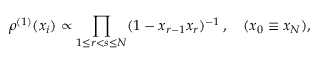
\rho ^ { ( 1 ) } ( x _ { i } ) \propto \prod _ { 1 \leq r < s \leq N } ( 1 - x _ { r - 1 } x _ { r } ) ^ { - 1 } \, , \quad ( x _ { 0 } \equiv x _ { N } ) ,